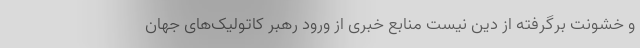
و خشونت برگرفته از دین نیست منابع خبری از ورود رهبر کاتولیک‌های جهان